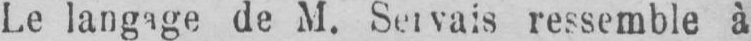
Le langage de M. Servais ressemble à